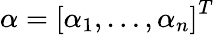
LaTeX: {\mathbf\alpha}=\left[\alpha_{1},\dots,\alpha_{n}\right]^{T}